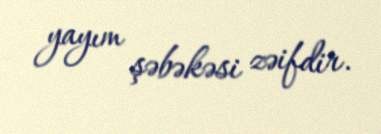
yayım şəbəkəsi zəifdir.